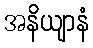
အနိယျာနံ